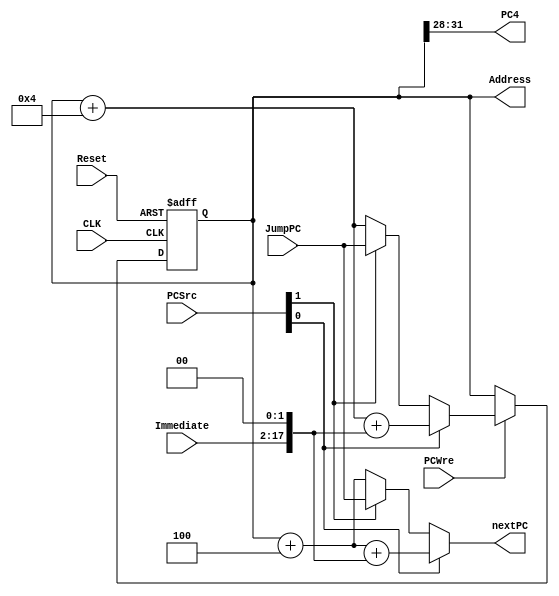
module PC(
    input CLK, Reset, PCWre,
    input [1:0] PCSrc, 
    input signed [15:0] Immediate,   //
    input [31:0] JumpPC,//

    output reg signed [31:0] Address,
    output [31:0] nextPC,
    output [3:0] PC4
);

assign nextPC = (PCSrc[0]) ? Address + 4 + (Immediate << 2) : ((PCSrc[1]) ?  JumpPC : Address + 4);

assign PC4 = Address[31:28];
//clockReset
always @(negedge CLK or negedge Reset) begin
    if(Reset == 0)
        Address = 0;
    else if(PCWre) begin//PCWre1
        if(PCSrc[0])
            Address = Address + 4 + (Immediate << 2);//
        else if(PCSrc[1])
            Address = JumpPC;
        else
            Address = Address + 4;//
    end
end

endmodule